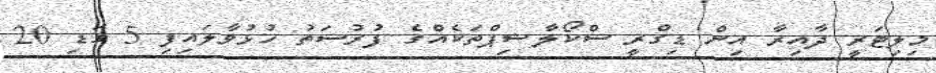
މިލިޓަރީ ދާއިރާ އިން ޑިގްރީ ސްކޯލާޝިޕްތަކެއްގެ ފުރުސަތު ހުޅުވާލައިފި 5 ގަޑި 20